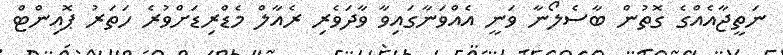
ނަތީޖާއެއްގެ ގޮތުން ބާސެލޯނާ ވަނީ އެއްވަނާގައިވާ ވާދަވެރި ރެއާލް މެޑްރިޑަށްވުރެ ހަތަރު ޕޮއިންޓް